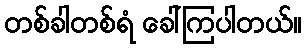
တစ်ခါတစ်ရံ ခေါ်ကြပါတယ်။